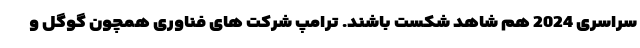
سراسری 2024 هم شاهد شکست باشند. ترامپ شرکت های فناوری همچون گوگل و